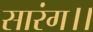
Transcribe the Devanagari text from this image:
सारंग।।